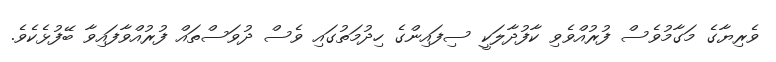
ވެރިޔާގެ މަގާމުވެސް ފުރުއްވެވި ކާފުދާލަކީ ސިފައިންގެ ހިދުމަތުގައި ވެސް ދުވަސްތައް ފުރުއްވާފައިވާ ބޭފުޅެކެވެ.